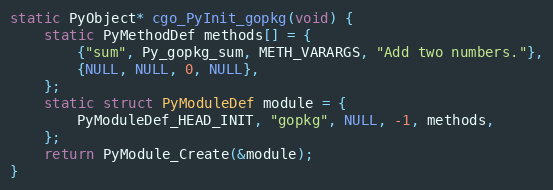
Language: C
static PyObject* cgo_PyInit_gopkg(void) {
	static PyMethodDef methods[] = {
		{"sum", Py_gopkg_sum, METH_VARARGS, "Add two numbers."},
		{NULL, NULL, 0, NULL},
	};
	static struct PyModuleDef module = {
		PyModuleDef_HEAD_INIT, "gopkg", NULL, -1, methods,
	};
	return PyModule_Create(&module);
}